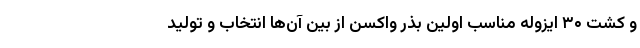
و کشت ۳۰ ایزوله مناسب اولین بذر واکسن از بین آن‌ها انتخاب و تولید